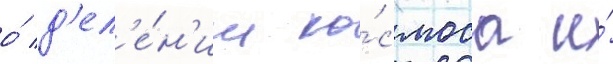
о́ д'ел'е́н'ии ко́смоса и́